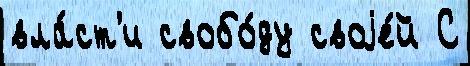
вла́ст'и свобо́ду своjе́й С